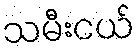
သမီးငယ်